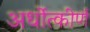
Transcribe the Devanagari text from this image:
अर्धोत्कीर्ण